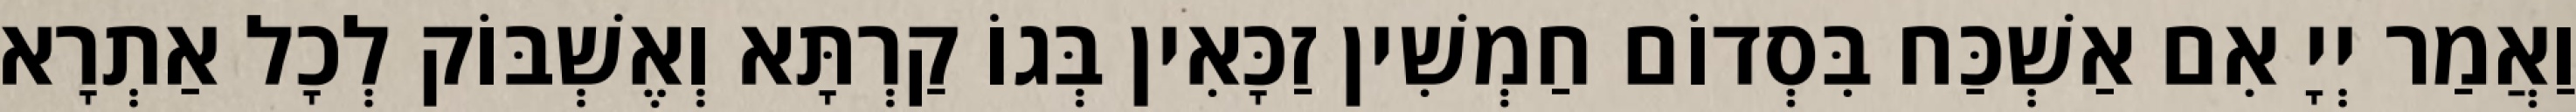
וַאֲמַר יְיָ אִם אַשְׁכַּח בִּסְדוֹם חַמְשִׁין זַכָּאִין בְּגוֹ קַרְתָּא וְאֶשְׁבּוֹק לְכָל אַתְרָא